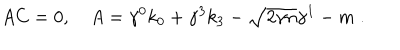
A C = 0 , \quad A = \gamma ^ { 0 } k _ { 0 } + \gamma ^ { 3 } k _ { 3 } - \sqrt { 2 \gamma n } \gamma ^ { 1 } - m \; .